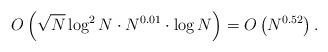
LaTeX: \begin{align*}O\left(\sqrt{N} \log ^{2} N \cdot N^{0.01} \cdot \log N\right)=O\left(N^{0.52}\right) .\end{align*}